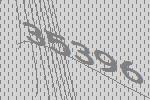
35396